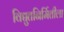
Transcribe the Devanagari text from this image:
विद्युतनिर्मितीला